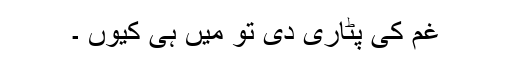
غم کی پٹاری دی تو میں ہی کیوں ۔